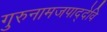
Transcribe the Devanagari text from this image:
गुरुनामजपाद्देवि